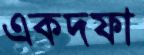
একদফা